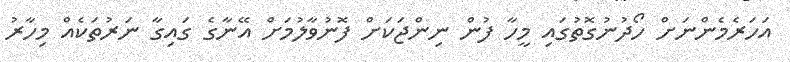
އަހަރެމެންނަށް ހޯދުނުގޮތުގައި މީހާ ފުން ނިންޖަކަށް ފޮނުވާލުމަށް އޭނާގެ ގައިގާ ނަރުތަކެއް މިހާރު